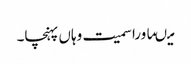
میںماورا سمیت وہاں پہنچا۔